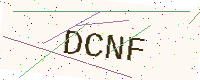
Text: DCNF